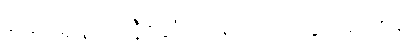
ဆေးရုံနဲ့ အနီးဆုံးလမ်းကို ပြနိုင်မလား။